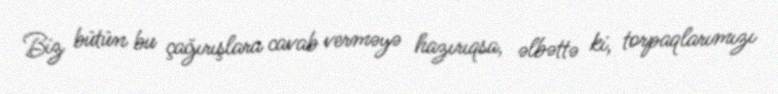
Biz bütün bu çağırışlara cavab verməyə hazırıqsa, əlbəttə ki, torpaqlarımızı